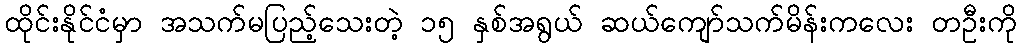
ထိုင်းနိုင်ငံမှာ အသက်မပြည့်သေးတဲ့ ၁၅ နှစ်အရွယ် ဆယ်ကျော်သက်မိန်းကလေး တဦးကို